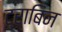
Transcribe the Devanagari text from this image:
ट्राबिन